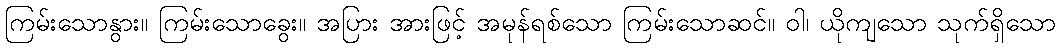
ကြမ်းသောနွား။ ကြမ်းသောခွေး။ အပြား အားဖြင့် အမုန်ရစ်သော ကြမ်းသောဆင်။ ဝါ၊ ယိုကျသော သုက်ရှိသော